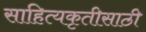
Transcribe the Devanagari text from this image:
साहित्यकृतीसाठी